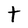
Character: t